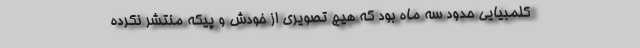
کلمبیایی حدود سه ماه بود که هیچ تصویری از خودش و پیکه منتشر نکرده